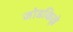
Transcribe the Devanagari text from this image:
जोडकिल्ले